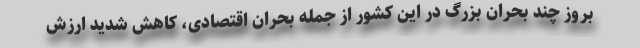
بروز چند بحران بزرگ در این کشور از جمله بحران اقتصادی، کاهش شدید ارزش